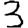
Digit: 3